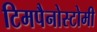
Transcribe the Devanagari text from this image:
टिमपैनोस्टोमी